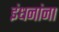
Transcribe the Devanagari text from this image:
इंधनांना